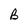
Character: B